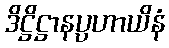
ဒိဋ္ဌိဋ္ဌာနပ္ပဟာယိနံ